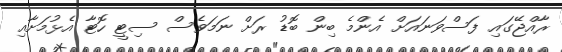
ރާއްޖޭގައި ފަސްވަނައަށް އެންމެ ބިން ބޮޑު ރަށް ނަމަވެސް ސިޓީ ހޮޓާ އެޅުމަށާއި